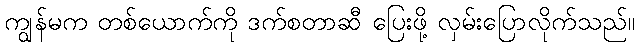
ကျွန်မက တစ်ယောက်ကို ဒက်စတာဆီ ပြေးဖို့ လှမ်းပြောလိုက်သည်။